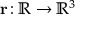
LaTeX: \mathbf { r } \! : \mathbb { R } \rightarrow \mathbb { R } ^ { 3 }